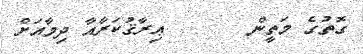
ގޮތުގެ މަތީން       ޢިރާޤުކަރާއާ ދިމާއަށް